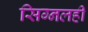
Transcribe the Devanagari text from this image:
सिग्नलही